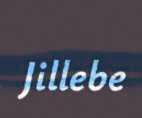
Jillebe